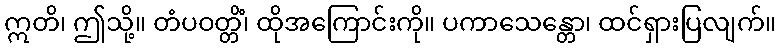
ဣတိ၊ ဤသို့။ တံပဝတ္တိံ၊ ထိုအကြောင်းကို။ ပကာသေန္တော၊ ထင်ရှားပြလျက်။